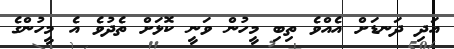
އަދި ދަނޑަށް އެއްވެ ތިބި މީހުން ވަނީ ކޮޅަށް ތެދުވެ އެ މީހުންގެ